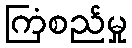
ကြံစည်မှု